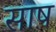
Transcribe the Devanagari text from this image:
साष